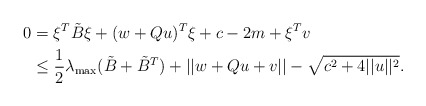
\begin{align*} 0 &= \xi^T\tilde B\xi + (w+Qu)^T\xi +c-2m + \xi^Tv \\ &\leq \frac{1}{2}\lambda_{\max}(\tilde B + \tilde B^T) + ||w+ Qu + v|| - \sqrt{c^2 + 4||u||^2}. \end{align*}